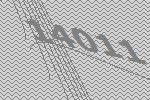
14011